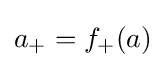
a_{+}=f_{+}(a)